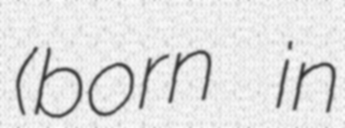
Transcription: (born in